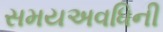
સમયઅવધિની